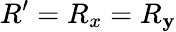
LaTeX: R^{\prime}=R_{x}=R_{\mathbf{y}}